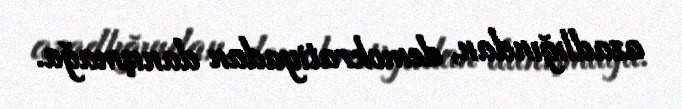
azadlığından, demokratiyadan danışmağa.